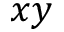
x y